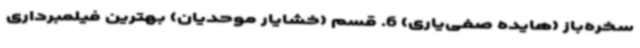
سخره‌باز (هایده صفی‌یاری) 6. قسم (خشایار موحدیان) بهترین فیلمبرداری